Leaving Certificate Examination, 1916
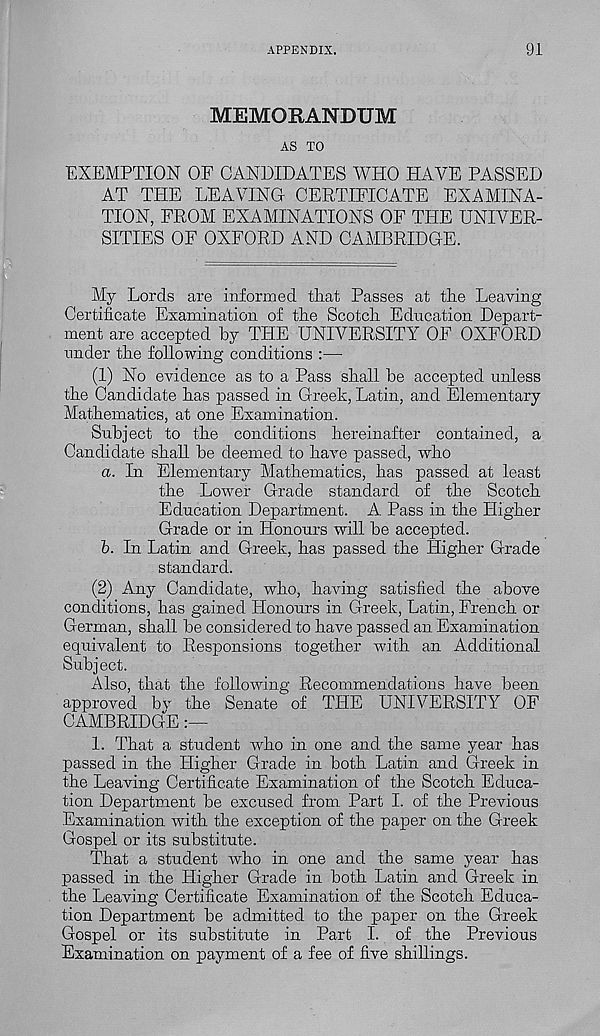
APPENDIX.
91
MEMORANDUM
AS TO
EXEMPTION OF CANDIDATES WHO HAVE PASSED
AT THE LEAVING CERTIFICATE EXAMINA-
TION, FROM EXAMINATIONS OF THE UNIVER-
SITIES OF OXFORD AND CAMBRIDGE.
My Lords are informed that Passes at the Leaving
Certificate Examination of the Scotch Education Depart-
ment are accepted by THE UNIVERSITY OF OXFORD
under the following conditions :—
(1) No evidence as to a Pass shall be accepted unless
the Candidate has passed in Greek, Latin, and Elementary
Mathematics, at one Examination.
Subject to the conditions hereinafter contained, a
Candidate shall be deemed to have passed, who
a. In Elementary Mathematics, has passed at least
the Lower Grade standard of the Scotch
Education Department. A Pass in the Higher
Grade or in Honours will be accepted.
b. In Latin and Greek, has passed the Higher Grade
standard.
(2) Any Candidate, who, having satisfied the above
conditions, has gained Honours in Greek, Latin, French or
German, shall be considered to have passed an Examination
equivalent to Responsions together with an Additional
Subject.
Also, that the following Recommendations have been
approved bv the Senate of THE UNIVERSITY OF
CAMBRIDGE
1. That a student who in one and the same year has
passed in the Higher Grade in both Latin and Greek in
the Leaving Certificate Examination of the Scotch Educa-
tion Department be excused from Part I. of the Previous
Examination with the exception of the paper on the Greek
Gospel or its substitute.
That a student who in one and the same year has
passed in the Higher Grade in both Latin and Greek in
the Leaving Certificate Examination of the Scotch Educa-
tion Department be admitted to the paper on the Greek
Gospel or its substitute in Part I. of the Previous
Examination on payment of a fee of five shillings.